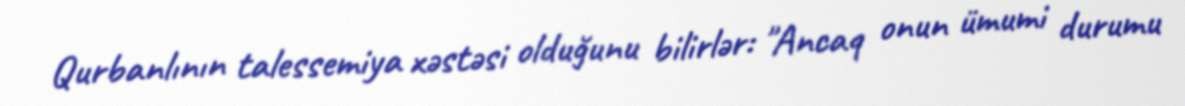
Qurbanlının talessemiya xəstəsi olduğunu bilirlər: "Ancaq onun ümumi durumu